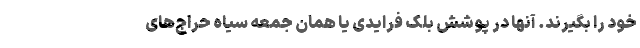
خود را بگیرند. آنها در پوشش بلک فرایدی یا همان جمعه سیاه حراج‌های